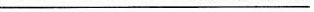
___